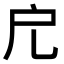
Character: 𢨤